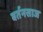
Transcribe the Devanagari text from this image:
बर्तनसाज